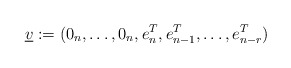
\begin{align*}\underline{v}:=(0_n,\ldots,0_n,e_n^T,e_{n-1}^T,\ldots,e_{n-r}^T)\end{align*}